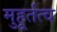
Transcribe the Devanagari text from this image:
मुहूर्तत्व